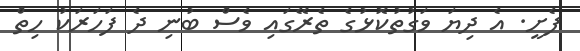
ފެށީ. އެ ދިޔަ ވަގުތުކޮޅުގެ ތެރޭގައި ވެސް ބުނި ދެ ފަހަރަކު ހިތް